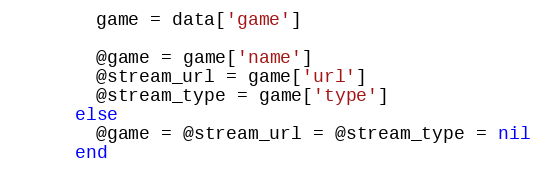
Language: Ruby
        game = data['game']

        @game = game['name']
        @stream_url = game['url']
        @stream_type = game['type']
      else
        @game = @stream_url = @stream_type = nil
      end